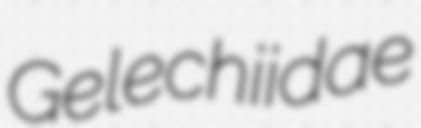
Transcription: Gelechiidae